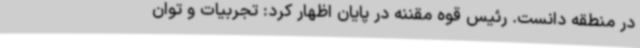
در منطقه دانست. رئیس قوه مقننه در پایان اظهار کرد: تجربیات و توان